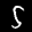
Label: 5